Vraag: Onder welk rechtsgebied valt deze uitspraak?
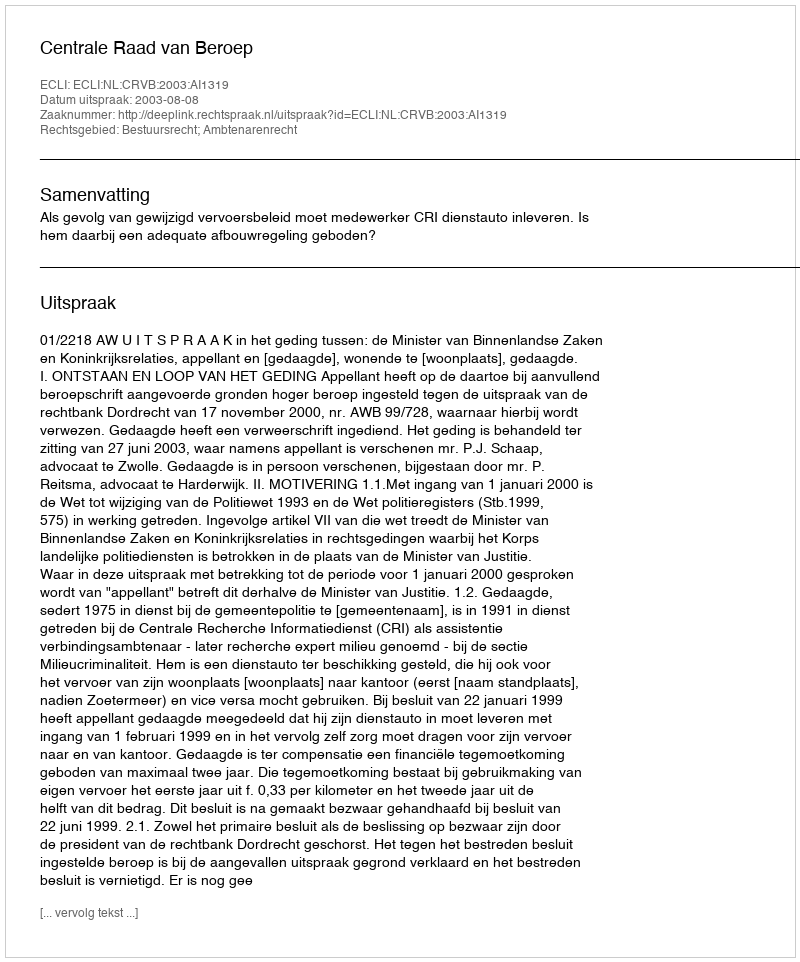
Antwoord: Bestuursrecht; Ambtenarenrecht